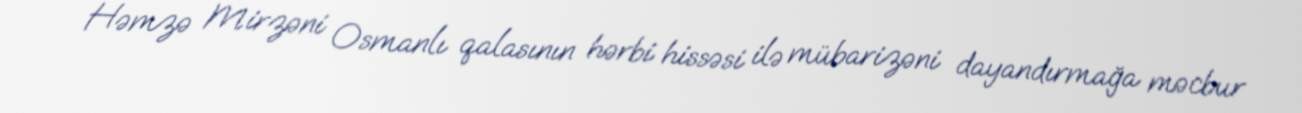
Həmzə Mirzəni Osmanlı qalasının hərbi hissəsi ilə mübarizəni dayandırmağa məcbur